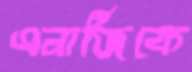
এনার্জিকে